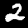
Digit: 2